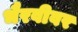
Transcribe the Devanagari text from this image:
भैरवीवर